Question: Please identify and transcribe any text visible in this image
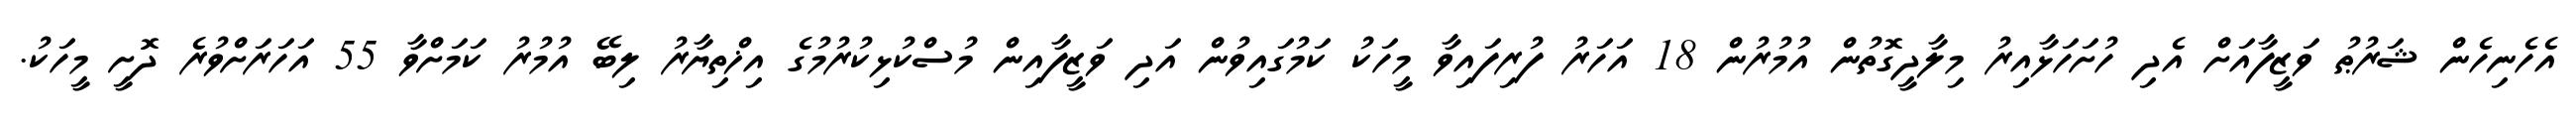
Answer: އެހެނިހެން ޝަރުޠު ވަޒީފާއަށް އެދި ހުށަހަޅާއިރު މިލާދީގޮތުން އުމުރުން 18 އަހަރު ފުރިފައިވާ މީހަކު ކަމުގައިވުން އަދި ވަޒީފާއިން މުސްކުޅިކުރުމުގެ އިޚްތިޔާރު ލިބޭ އުމުރު ކަމަށްވާ 55 އަހަރަށްވުރެ ދޮށީ މީހަކު.